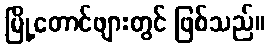
မြို့တောင်ဖျားတွင် ဖြစ်သည်။